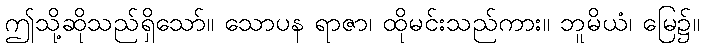
ဤသို့ဆိုသည်ရှိသော်။ သောပန ရာဇာ၊ ထိုမင်းသည်ကား။ ဘူမိယံ၊ မြေ၌။